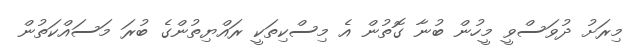
މިރަށު ދުވަސްވީ މީހުން ބުނާ ގޮތުން އެ މިސްކިތަކީ ރައްޔިތުންގެ ބުރަ މަސައްކަތުން